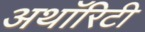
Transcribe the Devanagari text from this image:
अथाॅरिटी